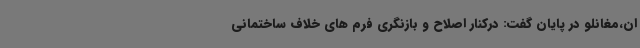
ان،مغانلو در پایان گفت: درکنار اصلاح و بازنگری فرم های خلاف ساختمانی